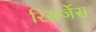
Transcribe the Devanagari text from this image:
रिसर्जेस